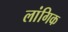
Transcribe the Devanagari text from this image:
लांगिक